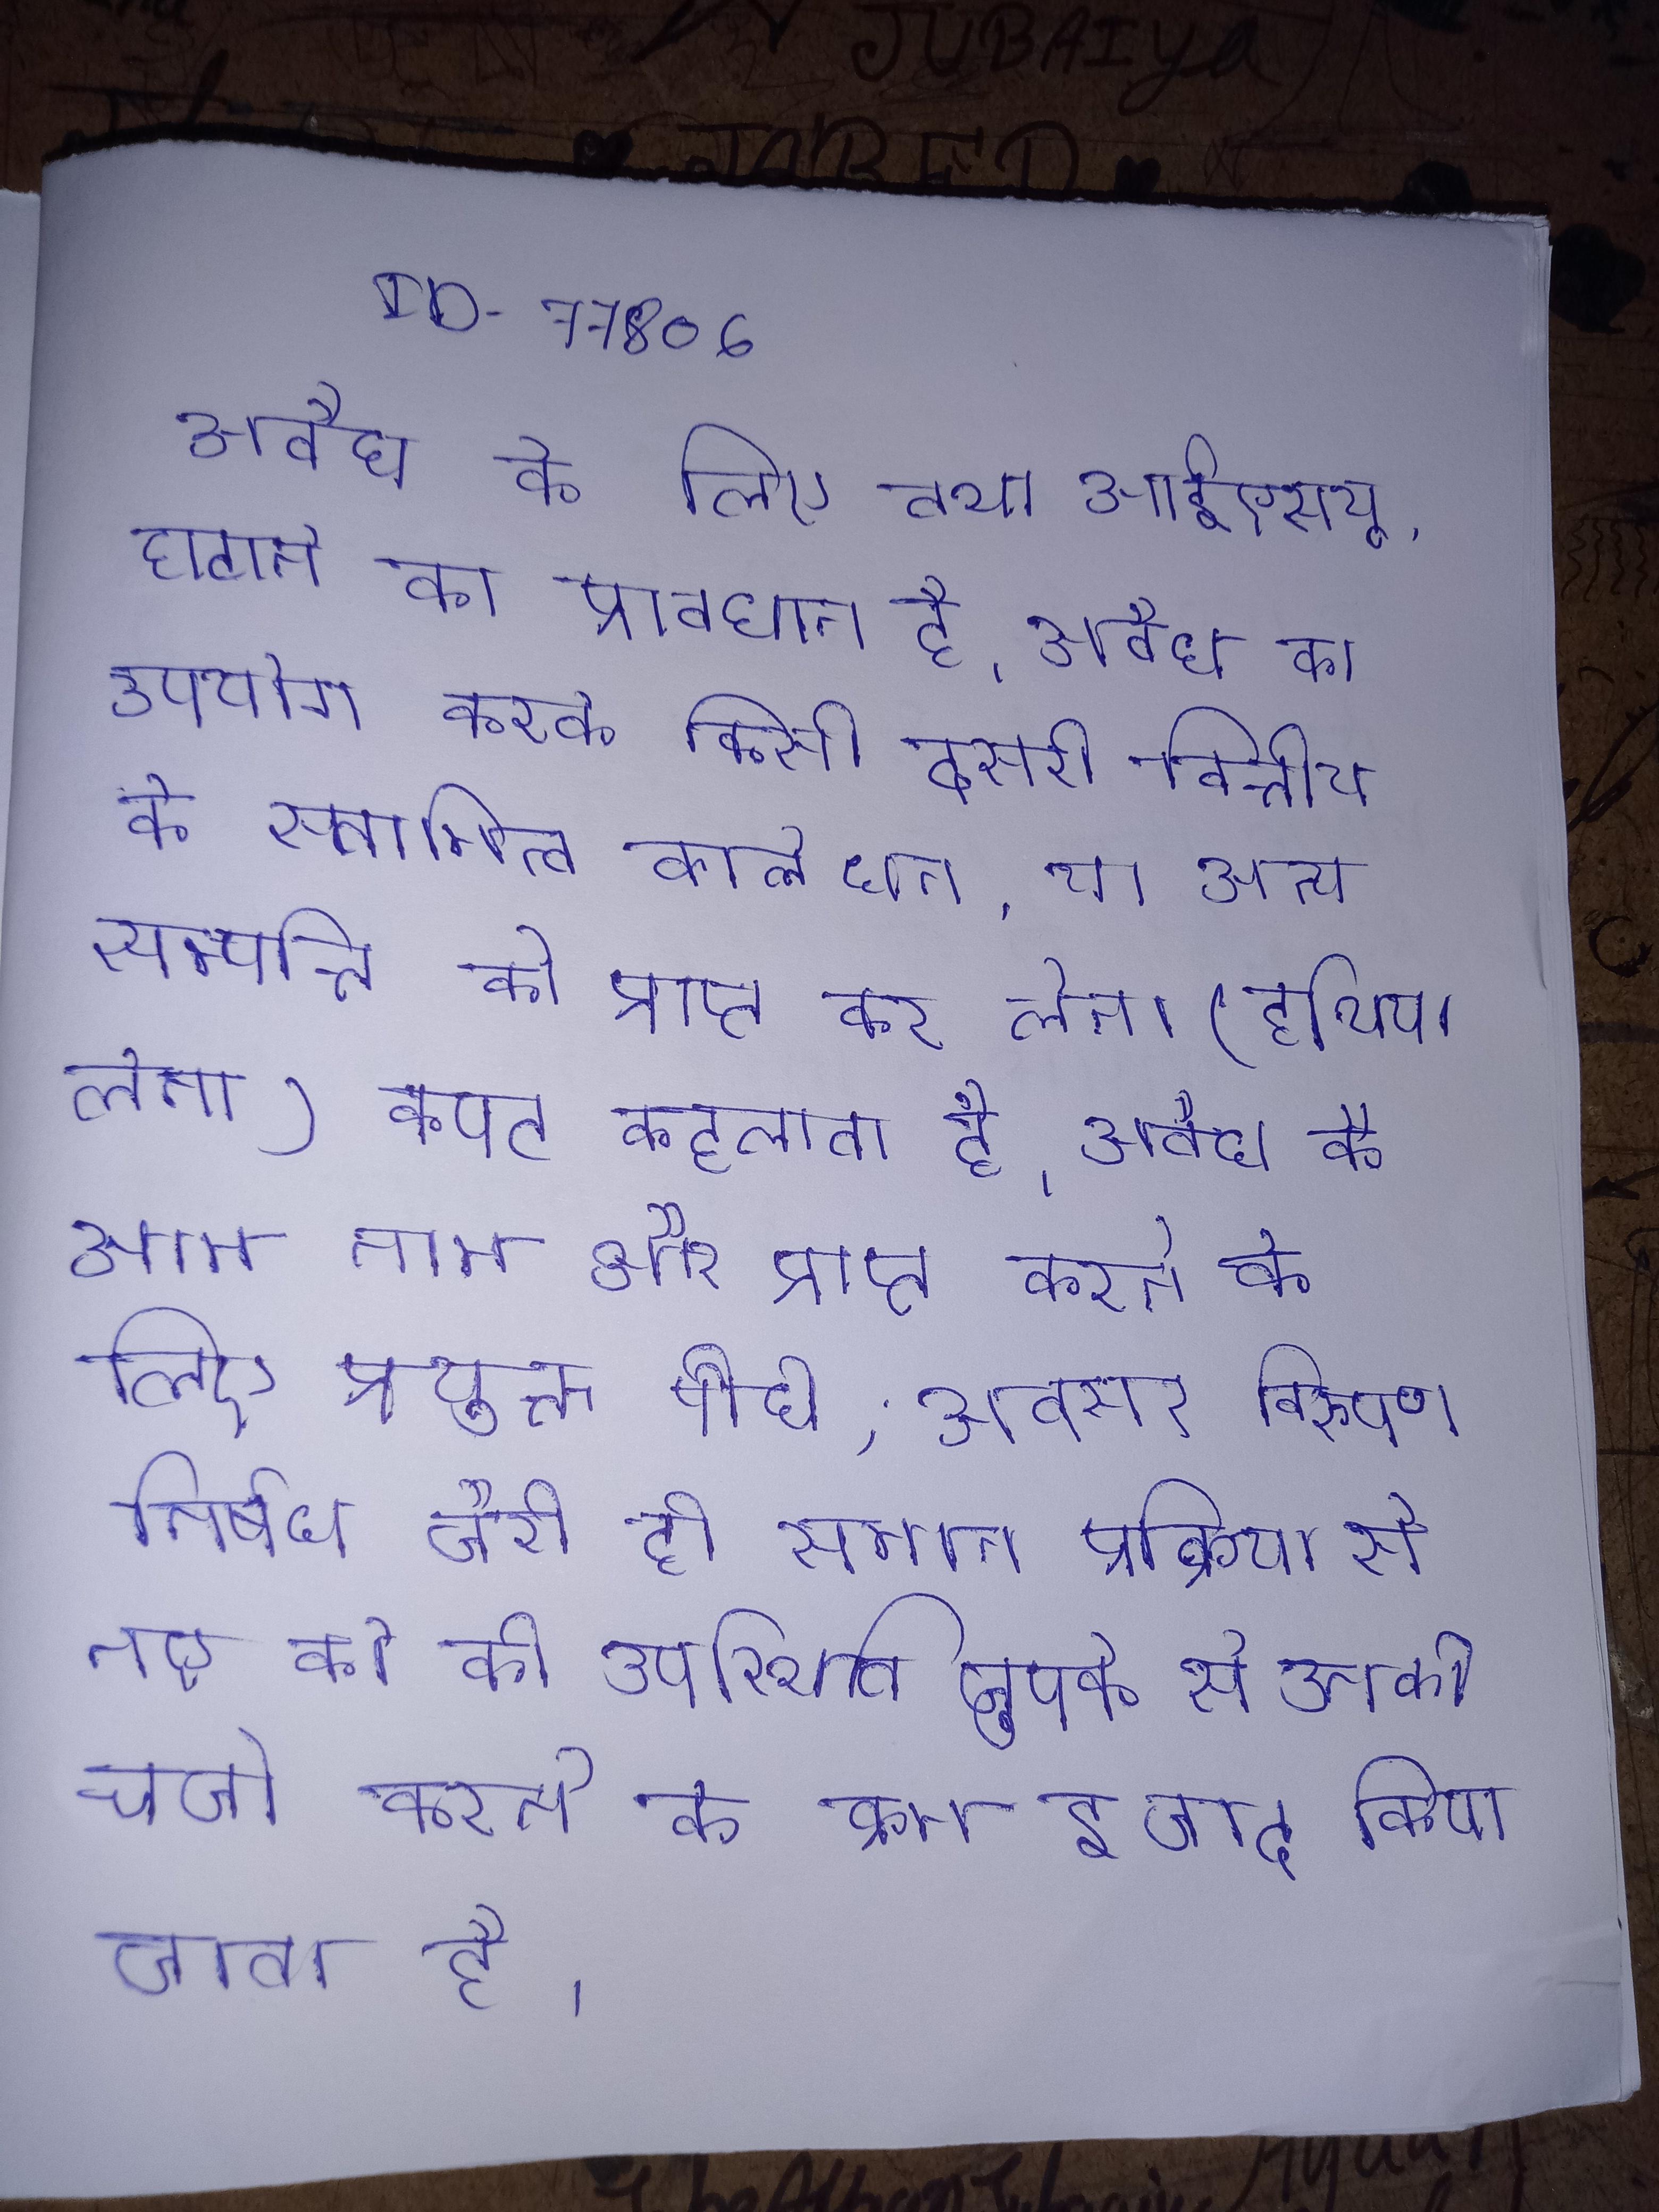
अवैध के लिए तथा आईएसयू, घटाने का प्रावधान है । अवैध का उपयोग करके किसी दूसरी वित्तीय के स्वामित्व वाले धन, या अन्य सम्पत्ति को प्राप्त कर लेना (हथिया लेना) कपट कहलाता है । अवैध के आम नाम और प्राप्त करने के लिए प्रयुक्त पौधे, अक्सर विरूपण निषेध जैसी ही समान प्रक्रिया से नए को की उपस्थिति चुपके से उनकी चर्चा करने के क्रम इजाद किया जाता है ।